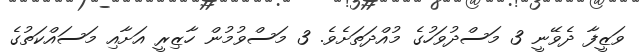
ވަޒީފާ ދެވޭނީ 3 މަސްދުވަހުގެ މުއްދަތަށެވެ. 3 މަސްވުމުން ހާޒިރީ އަށާއި މަސައްކަތުގެ